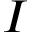
I